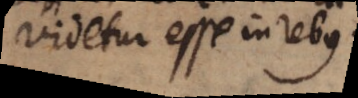
videtur esse in rebu